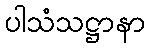
ပါသံသဋ္ဌာနာ